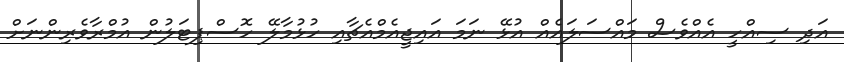
އަދި ސިއްހީ އެއްވެސް މައްސަލައެއް އުޅޭ ނަމަ އައިޖީއެމްއެޗާއި ހުޅުމާލޭ ހޮސްޕިޓަލުން އުމްރާވެރިންނަށް